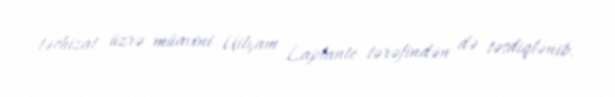
təchizat üzrə müavini Uilyam Laplante tərəfindən də təsdiqlənib.